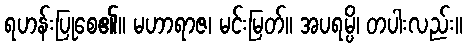
ရဟန်းပြုစေ၏။ မဟာရာဇ၊ မင်းမြတ်။ အပရမ္ပိ၊ တပါးလည်း။